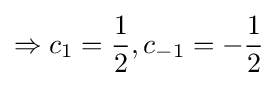
\Rightarrow c_{1}={\frac {1}{2}},c_{-1}=-{\frac {1}{2}}